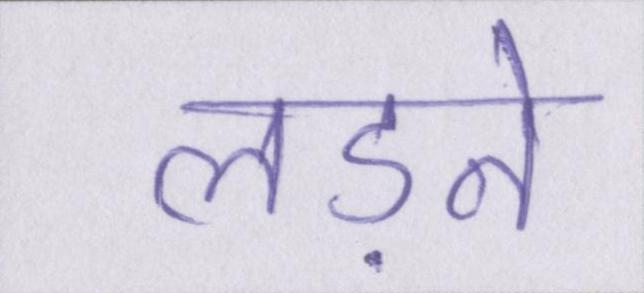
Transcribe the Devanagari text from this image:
लड़ने